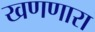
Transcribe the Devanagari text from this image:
खणणारा